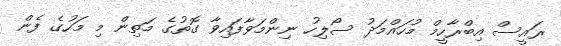
ރައީސް އިބްރާހީމް މުހައްމަދު ސޯލިހު ނިންމަވާފައިވާ ގޮތުގެ މަތިން މި މަހުގެ ފެން